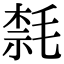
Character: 㲡